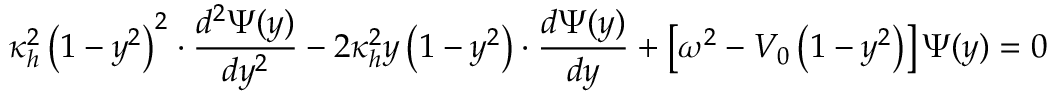
\kappa _ { h } ^ { 2 } \left( 1 - y ^ { 2 } \right) ^ { 2 } \cdot \frac { d ^ { 2 } \Psi ( y ) } { d y ^ { 2 } } - 2 \kappa _ { h } ^ { 2 } y \left( 1 - y ^ { 2 } \right) \cdot \frac { d \Psi ( y ) } { d y } + \left[ \omega ^ { 2 } - V _ { 0 } \left( 1 - y ^ { 2 } \right) \right] \Psi ( y ) = 0